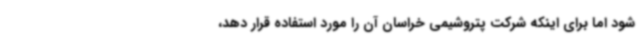
شود اما برای اینکه شرکت پتروشیمی خراسان آن را مورد استفاده قرار دهد،